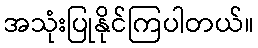
အသုံးပြုနိုင်ကြပါတယ်။